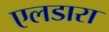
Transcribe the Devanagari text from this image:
एलडारा